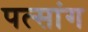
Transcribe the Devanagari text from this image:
पत्सांग